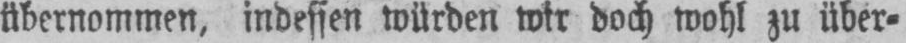
übernommen, indessen würden wir doch wohl zu über⸗